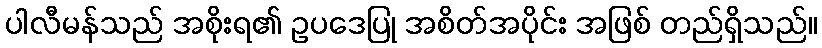
ပါလီမန်သည် အစိုးရ၏ ဥပဒေပြု အစိတ်အပိုင်း အဖြစ် တည်ရှိသည်။